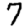
Digit: 7